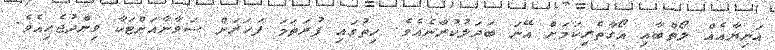
އަނިޔާއެއް ލޯތްބާއި އޯގާތެރިކަމަށް އޭނަ ބަދަލުކުރާނެއެވެ. ހިތުގައި ފުރަތަމަ ފަހަރަށް ސަވާނާއަށްޓަކާ ވިންދުޖެހިއެވެ.